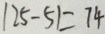
1 2 5 - 5 1 = 7 4